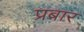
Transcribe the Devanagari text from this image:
प्रबार